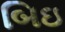
બિઇ